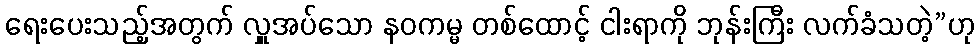
ရေးပေးသည့်အတွက် လှူအပ်သော နဝကမ္မ တစ်ထောင့် ငါးရာကို ဘုန်းကြီး လက်ခံသတဲ့”ဟု